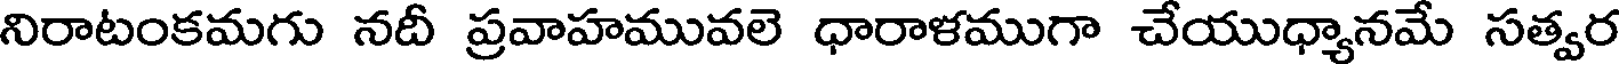
నిరాటంకమగు నదీ ప్రవాహమువలె ధారాళముగా చేయుధ్యానమే సత్వర